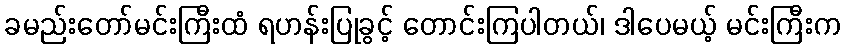
ခမည်းတော်မင်းကြီးထံ ရဟန်းပြုခွင့် တောင်းကြပါတယ်၊ ဒါပေမယ့် မင်းကြီးက